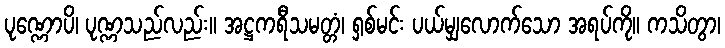
ပုဏ္ဏောပိ၊ ပုဏ္ဏသည်လည်း။ အဋ္ဌကရီသမတ္တံ၊ ရှစ်မင်း ပယ်မျှလောက်သော အရပ်ကို။ ကသိတွာ၊